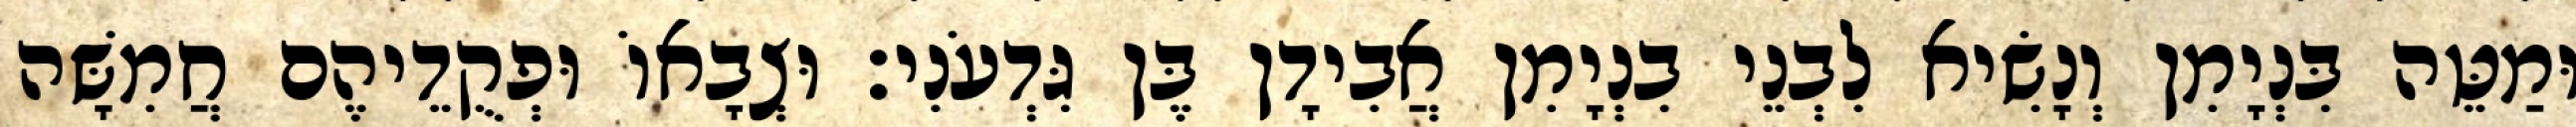
וּמַטֵּה בִּנְיָמִן וְנָשִׂיא לִבְנֵי בִנְיָמִן אֲבִידָן בֶּן גִּדְעֹנִי׃ וּצְבָאוֹ וּפְקֻדֵיהֶם חֲמִשָּׁה